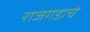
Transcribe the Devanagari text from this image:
राजगडाचे